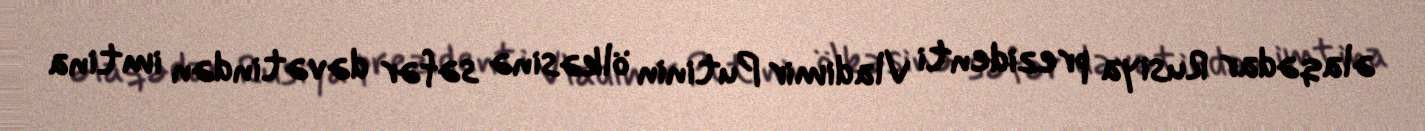
əlaqədar Rusiya prezidenti Vladimir Putinin ölkəsinə səfər dəvətindən imtina